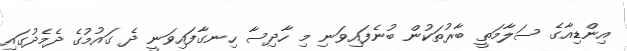
އިންޑިއާގެ ސަލާމަތީ ބާރުތަކުން ބުނެފައިވަނި މި ހާދިސާ ހިނގާފައިވަނީ ދެ ގައުމުގެ ދެމެދުގައި